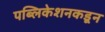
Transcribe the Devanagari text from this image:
पब्लिकेशनकडून